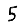
Digit: 5